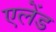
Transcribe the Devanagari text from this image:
एलेंड